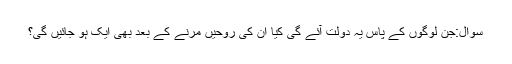
سوال:جن لوگوں کے پاس یہ دولت آئے گی کیا ان کی روحیں مَرنے کے بعد بھی ایک ہو جائیں گی؟